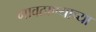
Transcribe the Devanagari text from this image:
गावठाण्याच्या